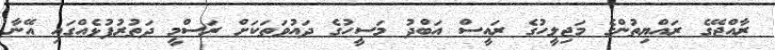
ރާއްޖޭގެ ރައްޔިތުންގެ މަޖިލީހުގެ ރައީސް އަބްދު މަސީހުގެ ދައުވަތަކަށް ރަސްމީ ދަތުރުފުޅެއްގައި އޭނާ